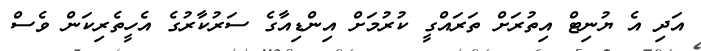
އަދި އެ ޔުނިޓް އިތުރަށް ތަަރައްގީ ކުރުމަށް އިންޑިއާގެ ސަރުކާރުގެ އެހީތެރިކަން ވެސް